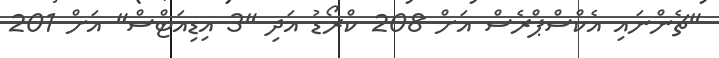
"ޗެންނައި އެކްސްޕްރެސް އަށް 208 ކްރޯޑު އަދި "3 އިޑިއަޓްސް" އަށް 201